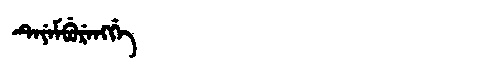
Manchu: ᡨᡝᠶᡝᠮᠪᡠᡵᡝᠩᡤᡝ
Romanization: TEYEMBURENGGE